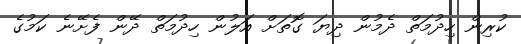
ކުރިން ހިދުމަތް ދެމުން ދިޔަ ގޮތަށް އަލުން ހިދުމަތް ދޭން ފެށޭނެ ކަމުގެ